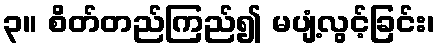
၃။ စိတ်တည်ကြည်၍ မပျံ့လွင့်ခြင်း၊